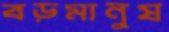
বড়মানুষ